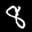
Label: 8